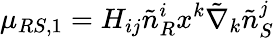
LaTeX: \mu_{RS,1}=H_{ij}\tilde{n}_{R}^{i}x^{k}\tilde{\nabla}_{k}\tilde{n}_{S}^{j}